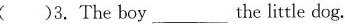
( )3.The boy___the little dog.